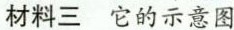
材料三它的示意图